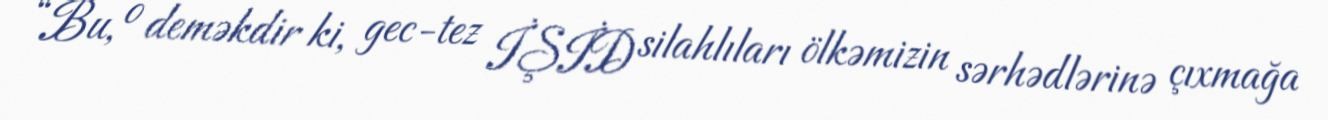
“Bu, o deməkdir ki, gec-tez İŞİD silahlıları ölkəmizin sərhədlərinə çıxmağa